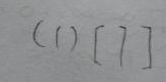
( 1 ) [ 7 ]